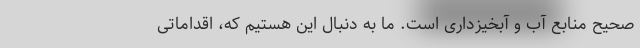
صحیح منابع آب و آبخیزداری است. ما به دنبال این هستیم که، اقداماتی